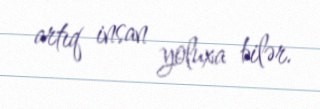
artıq insan yoluxa bilər.